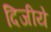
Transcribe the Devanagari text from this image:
दिजीये